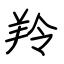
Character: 羚